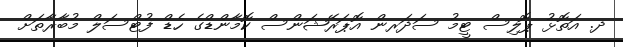
ދ. އަތޮޅު ޕޮލިސް ޓީމު ސަދަރން އޮޕަރޭޝަންސް ކޮމާންޑްގެ ހެޑް ފުޓްސަލް މުބާރާތަށް